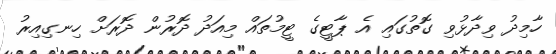
ހާމިދު ވިދާޅުވި ގޮތުގައި އެ ޕާޓީގެ ޓީމުތައް މިއަދު ދޮރުން ދޮރަށް ހިނގިއިރު